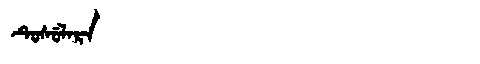
Manchu: ᡨᡠᠰᡠᠯᠠᡵᠠ
Romanization: TUSULARA